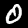
Label: 0